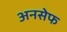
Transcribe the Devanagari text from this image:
अनसेफ